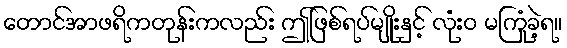
တောင်အာဖရိကတုန်းကလည်း ဤဖြစ်ရပ်မျိုးနှင့် လုံးဝ မကြုံခဲ့ရ။